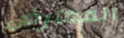
المعارض